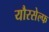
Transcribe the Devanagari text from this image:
यौरसेल्फ